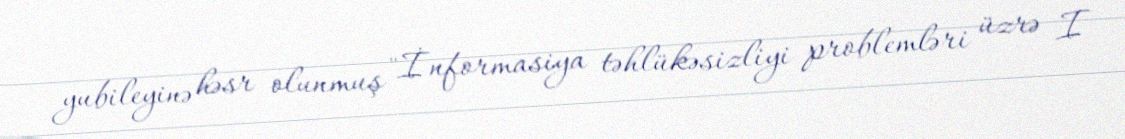
yubileyinə həsr olunmuş "İnformasiya təhlükəsizliyi problemləri üzrə I